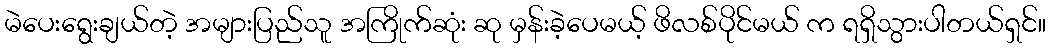
မဲပေးရွေးချယ်တဲ့ အများပြည်သူ အကြိုက်ဆုံး ဆု မှန်းခဲ့ပေမယ့် ဖိလစ်ပိုင်မယ် က ရရှိသွားပါတယ်ရှင်။